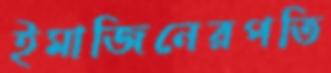
ইমাজিনেরপতি